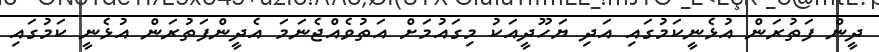
ދީން ފަތުރަން އުޅެނީކަމުގައި އަދި ޔަހޫދީއަކު މިގައުމަށް އަތުވެއްޖެނަމަ އެދީންފަތުރަން އުޅެނީ ކަމުގައި